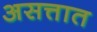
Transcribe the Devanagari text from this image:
असत्तात